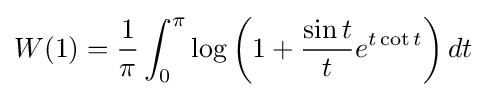
W(1)={\frac {1}{\pi }}\int _{0}^{\pi }\log \left(1+{\frac {\sin t}{t}}e^{t\cot t}\right)dt